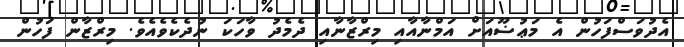
އެދުވަސްފަހުން އެ މަޢުޟޫއަށް އަމްނާއާއި މިރްޒާނާއި ދެމެދު ވާހަކަ ނުދެކެވެއެވެ. މިރްޒާން ފަހުން